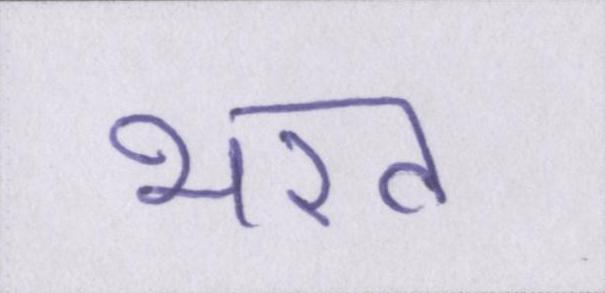
भरत